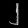
Digit: ၂